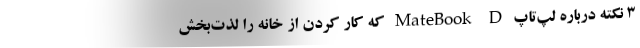
۳ نکته درباره لپ‌تاپ‌ MateBook D که کار کردن از خانه را لذت‌بخش‌